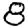
Digit: 8